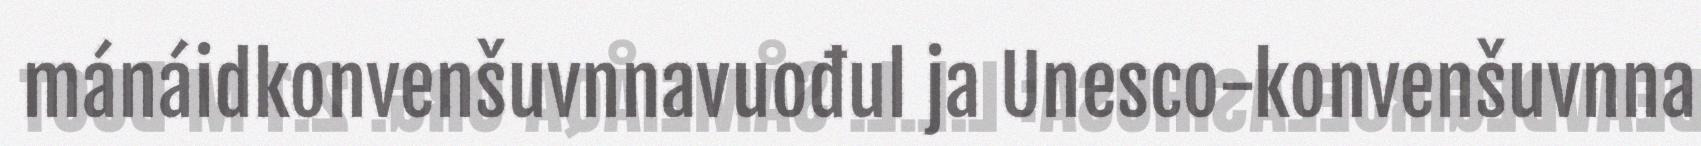
mánáidkonvenšuvnnavuođul ja Unesco-konvenšuvnna